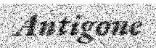
Antigone